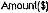
AMOUNT($)